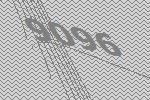
9096